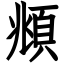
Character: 頫